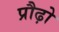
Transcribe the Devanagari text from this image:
प्रौढ़ो